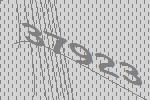
37923